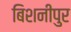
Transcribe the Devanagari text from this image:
बिशनीपुर